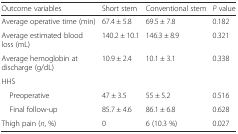
| Outcome variables | Short stem | Conventional stem | P value |
 | --- | --- | --- | --- |
 | Average operative time (min) | 67.4 ± 5.8 | 69.5 ± 7.8 | 0.182 |
 | Average estimated blood loss (mL) | 140.2 ± 10.1 | 146.3 ± 8.9 | 0.321 |
 | Average hemoglobin at discharge (g/dL) | 10.9 ± 2.4 | 10.1 ± 3.1 | 0.338 |
 | <COLSPAN=4> HHS |
 | Preoperative | 47 ± 3.5 | 55 ± 5.2 | 0.516 |
 | Final follow-up | 85.7 ± 4.6 | 86.1 ± 6.8 | 0.628 |
 | Thigh pain (n, %) | 0 | 6 (10.3 %) | 0.027 |